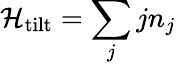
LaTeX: {\mathcal{H}}_{\textrm{tilt}}=\sum_{j}j{n}_{j}